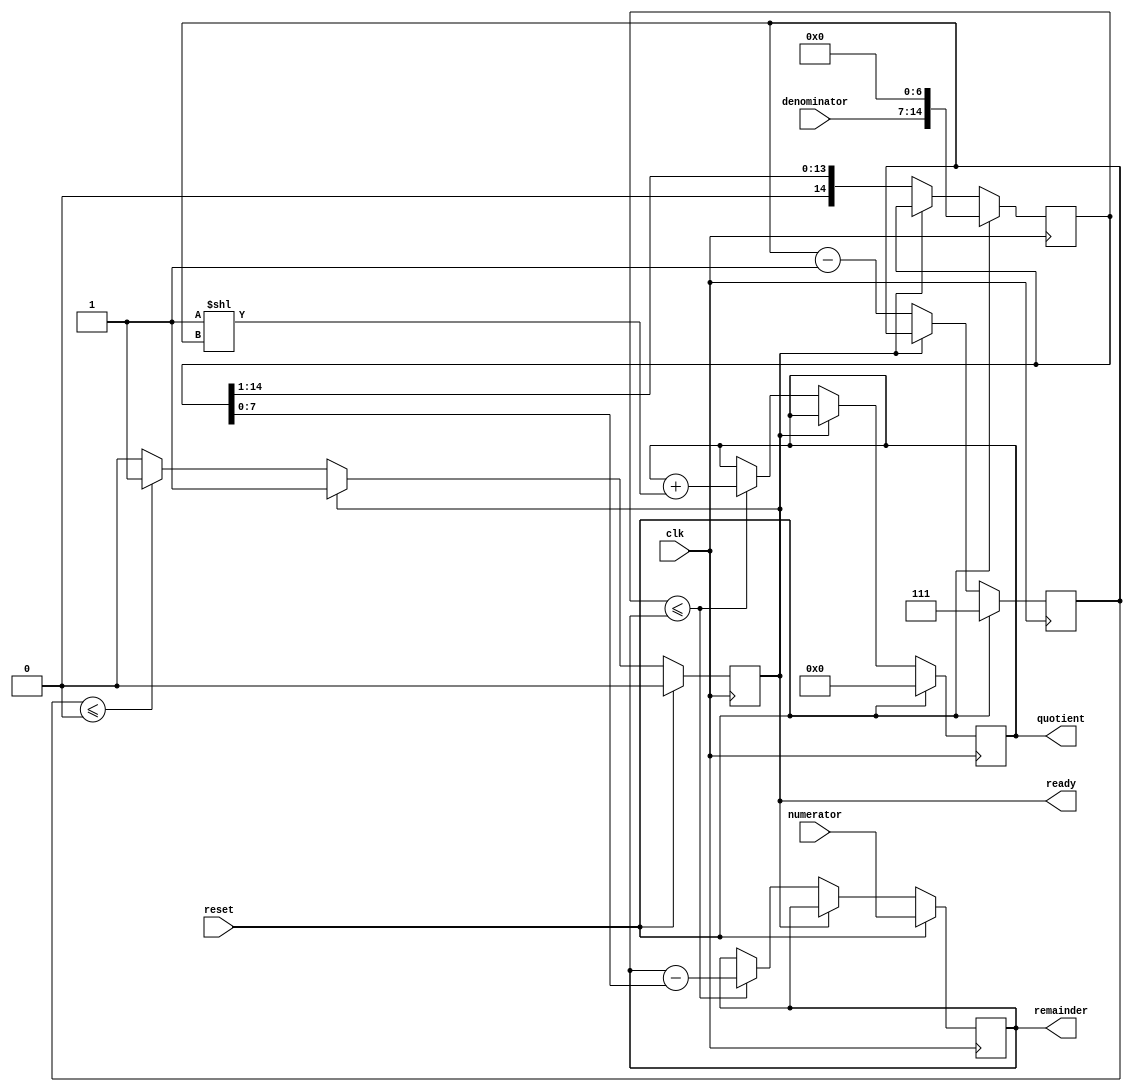
module divider(
    input clk,
    input [7:0] numerator,
    input [7:0] denominator,
    input reset,
    output reg [7:0] quotient,
    output reg [7:0] remainder,
    output reg ready
    );
	
	reg [14:0] divisor;
	reg [2:0] shift;

	always @(posedge clk) begin
		if (reset) begin
			remainder <= numerator;
			divisor <= denominator << 7;
			shift <= 7;
			quotient <= 0;
			ready <= 0;
		end else if (!ready) begin
			if (divisor <= remainder) begin
				remainder <= remainder - divisor;
				quotient <= quotient + (1 << shift);
			end
			divisor <= divisor >> 1;
			shift <= shift - 1;
			if (shift <= 0) begin
				ready <= 1;
			end
		end
	end

endmodule